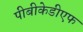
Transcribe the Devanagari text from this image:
पीबीकेडीएफ